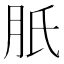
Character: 𦙆